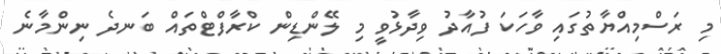
މި ރަސްމިއްޔާތުގައި ވާހަކަ ފުއާދު ވިދާޅުވީ މި ލޭންޑިން ކްރާފްޓްތައް ބަނދެ ނިންމާނެ